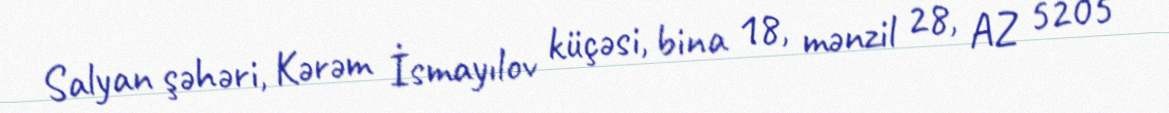
Salyan şəhəri, Kərəm İsmayılov küçəsi, bina 18, mənzil 28, AZ 5205